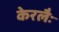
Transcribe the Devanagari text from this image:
केरलैः